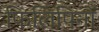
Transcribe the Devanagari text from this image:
फिलिपिनों